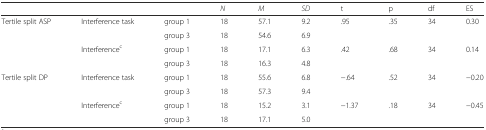
|  |  |  | N | M | SD | t | p | df | ES |
 | --- | --- | --- | --- | --- | --- | --- | --- | --- | --- |
 | <ROWSPAN=4> Tertile split ASP | <ROWSPAN=2> Interference task | group 1 | 18 | 57.1 | 9.2 | <ROWSPAN=2> .95 | <ROWSPAN=2> .35 | <ROWSPAN=2> 34 | <ROWSPAN=2> 0.30 |
 | group 3 | 18 | 54.6 | 6.9 |
 | <ROWSPAN=2> Interferencec | group 1 | 18 | 17.1 | 6.3 | <ROWSPAN=2> .42 | <ROWSPAN=2> .68 | <ROWSPAN=2> 34 | <ROWSPAN=2> 0.14 |
 | group 3 | 18 | 16.3 | 4.8 |
 | <ROWSPAN=4> Tertile split DP | <ROWSPAN=2> Interference task | group 1 | 18 | 55.6 | 6.8 | <ROWSPAN=2> −.64 | <ROWSPAN=2> .52 | <ROWSPAN=2> 34 | <ROWSPAN=2> −0.20 |
 | group 3 | 18 | 57.3 | 9.4 |
 | <ROWSPAN=2> Interferencec | group 1 | 18 | 15.2 | 3.1 | <ROWSPAN=2> −1.37 | <ROWSPAN=2> .18 | <ROWSPAN=2> 34 | <ROWSPAN=2> −0.45 |
 | group 3 | 18 | 17.1 | 5.0 |